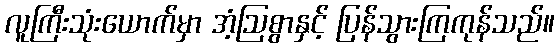
လူကြီးသုံးယောက်မှာ အံ့ဩစွာနှင့် ပြန်သွားကြကုန်သည်။